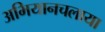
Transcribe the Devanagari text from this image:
अभियानचलाया